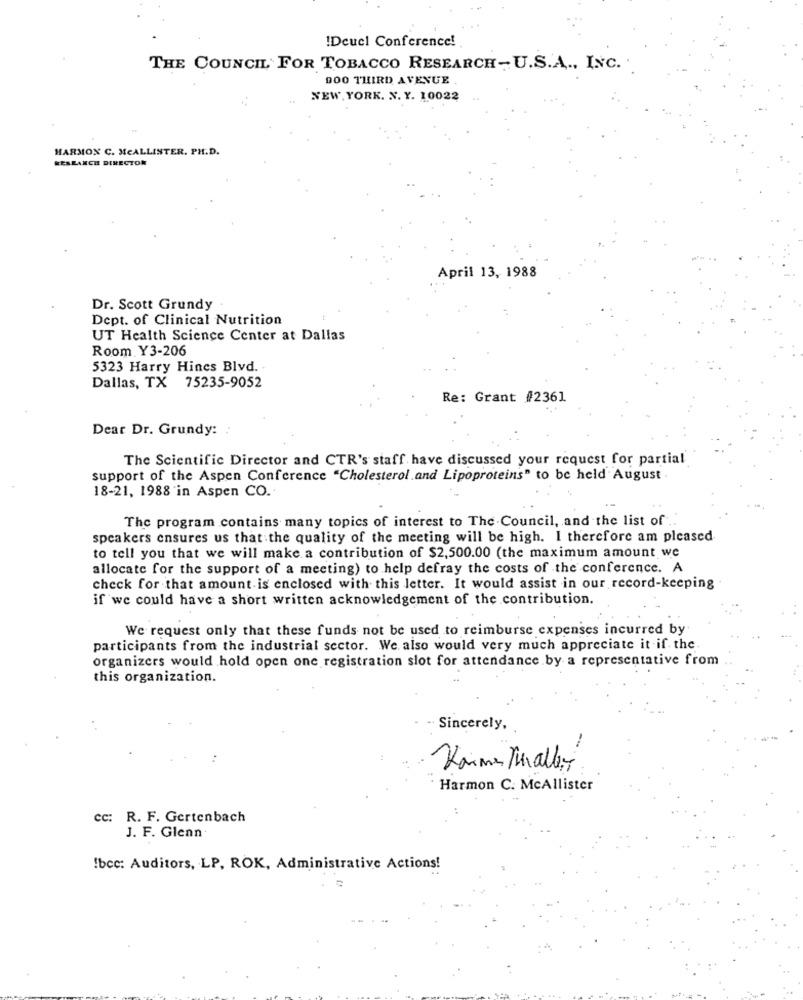
!Deucl Conference!
THE COUNCIL FOR TOBACCO RESEARCH - U.S.A ., INC.
900 THIRD AVENUE
NEW YORK. N. Y. 10022
HARMON C. MCALLISTER. PH.D.
RESEARCH DIRECTOR
April 13, 1988
Dr. Scott Grundy
Dept. of Clinical Nutrition
UT Health Science Center at Dallas
Room Y3-206
5323 Harry Hines Blvd.
Dallas, TX 75235-9052
Re: Grant #2361
Dear Dr. Grundy:
The Scientific Director and CTR's staff have discussed your request for partial
support of the Aspen Conference "Cholesterol and Lipoproteins" to be held August
18-21, 1988 'in Aspen CO.
The program contains many topics of interest to The Council, and the list of ..
speakers ensures us that the quality of the meeting will be high. I therefore am pleased
to tell you that we will make a contribution of $2,500.00 (the maximum amount we
allocate for the support of a meeting) to help defray the costs of the conference. A
check for that amount is enclosed with this letter. It would assist in our record-keeping
if we could have a short written acknowledgement of the contribution.
We request only that these funds not be used to reimburse expenses incurred by
participants from the industrial sector. We also would very much appreciate it if the
organizers would hold open one registration slot for attendance by a representative from
this organization.
Sincerely,
Karma Smaller
Harmon C. McAllister
: R. F. Gertenbach
J. F. Glenn
!bcc: Auditors, LP, ROK, Administrative Actions!